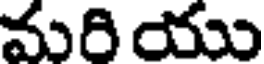
మరి యు